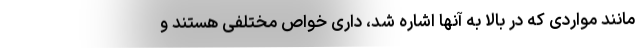
مانند مواردی که در بالا به آنها اشاره شد، داری خواص مختلفی هستند و